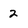
Character: 2